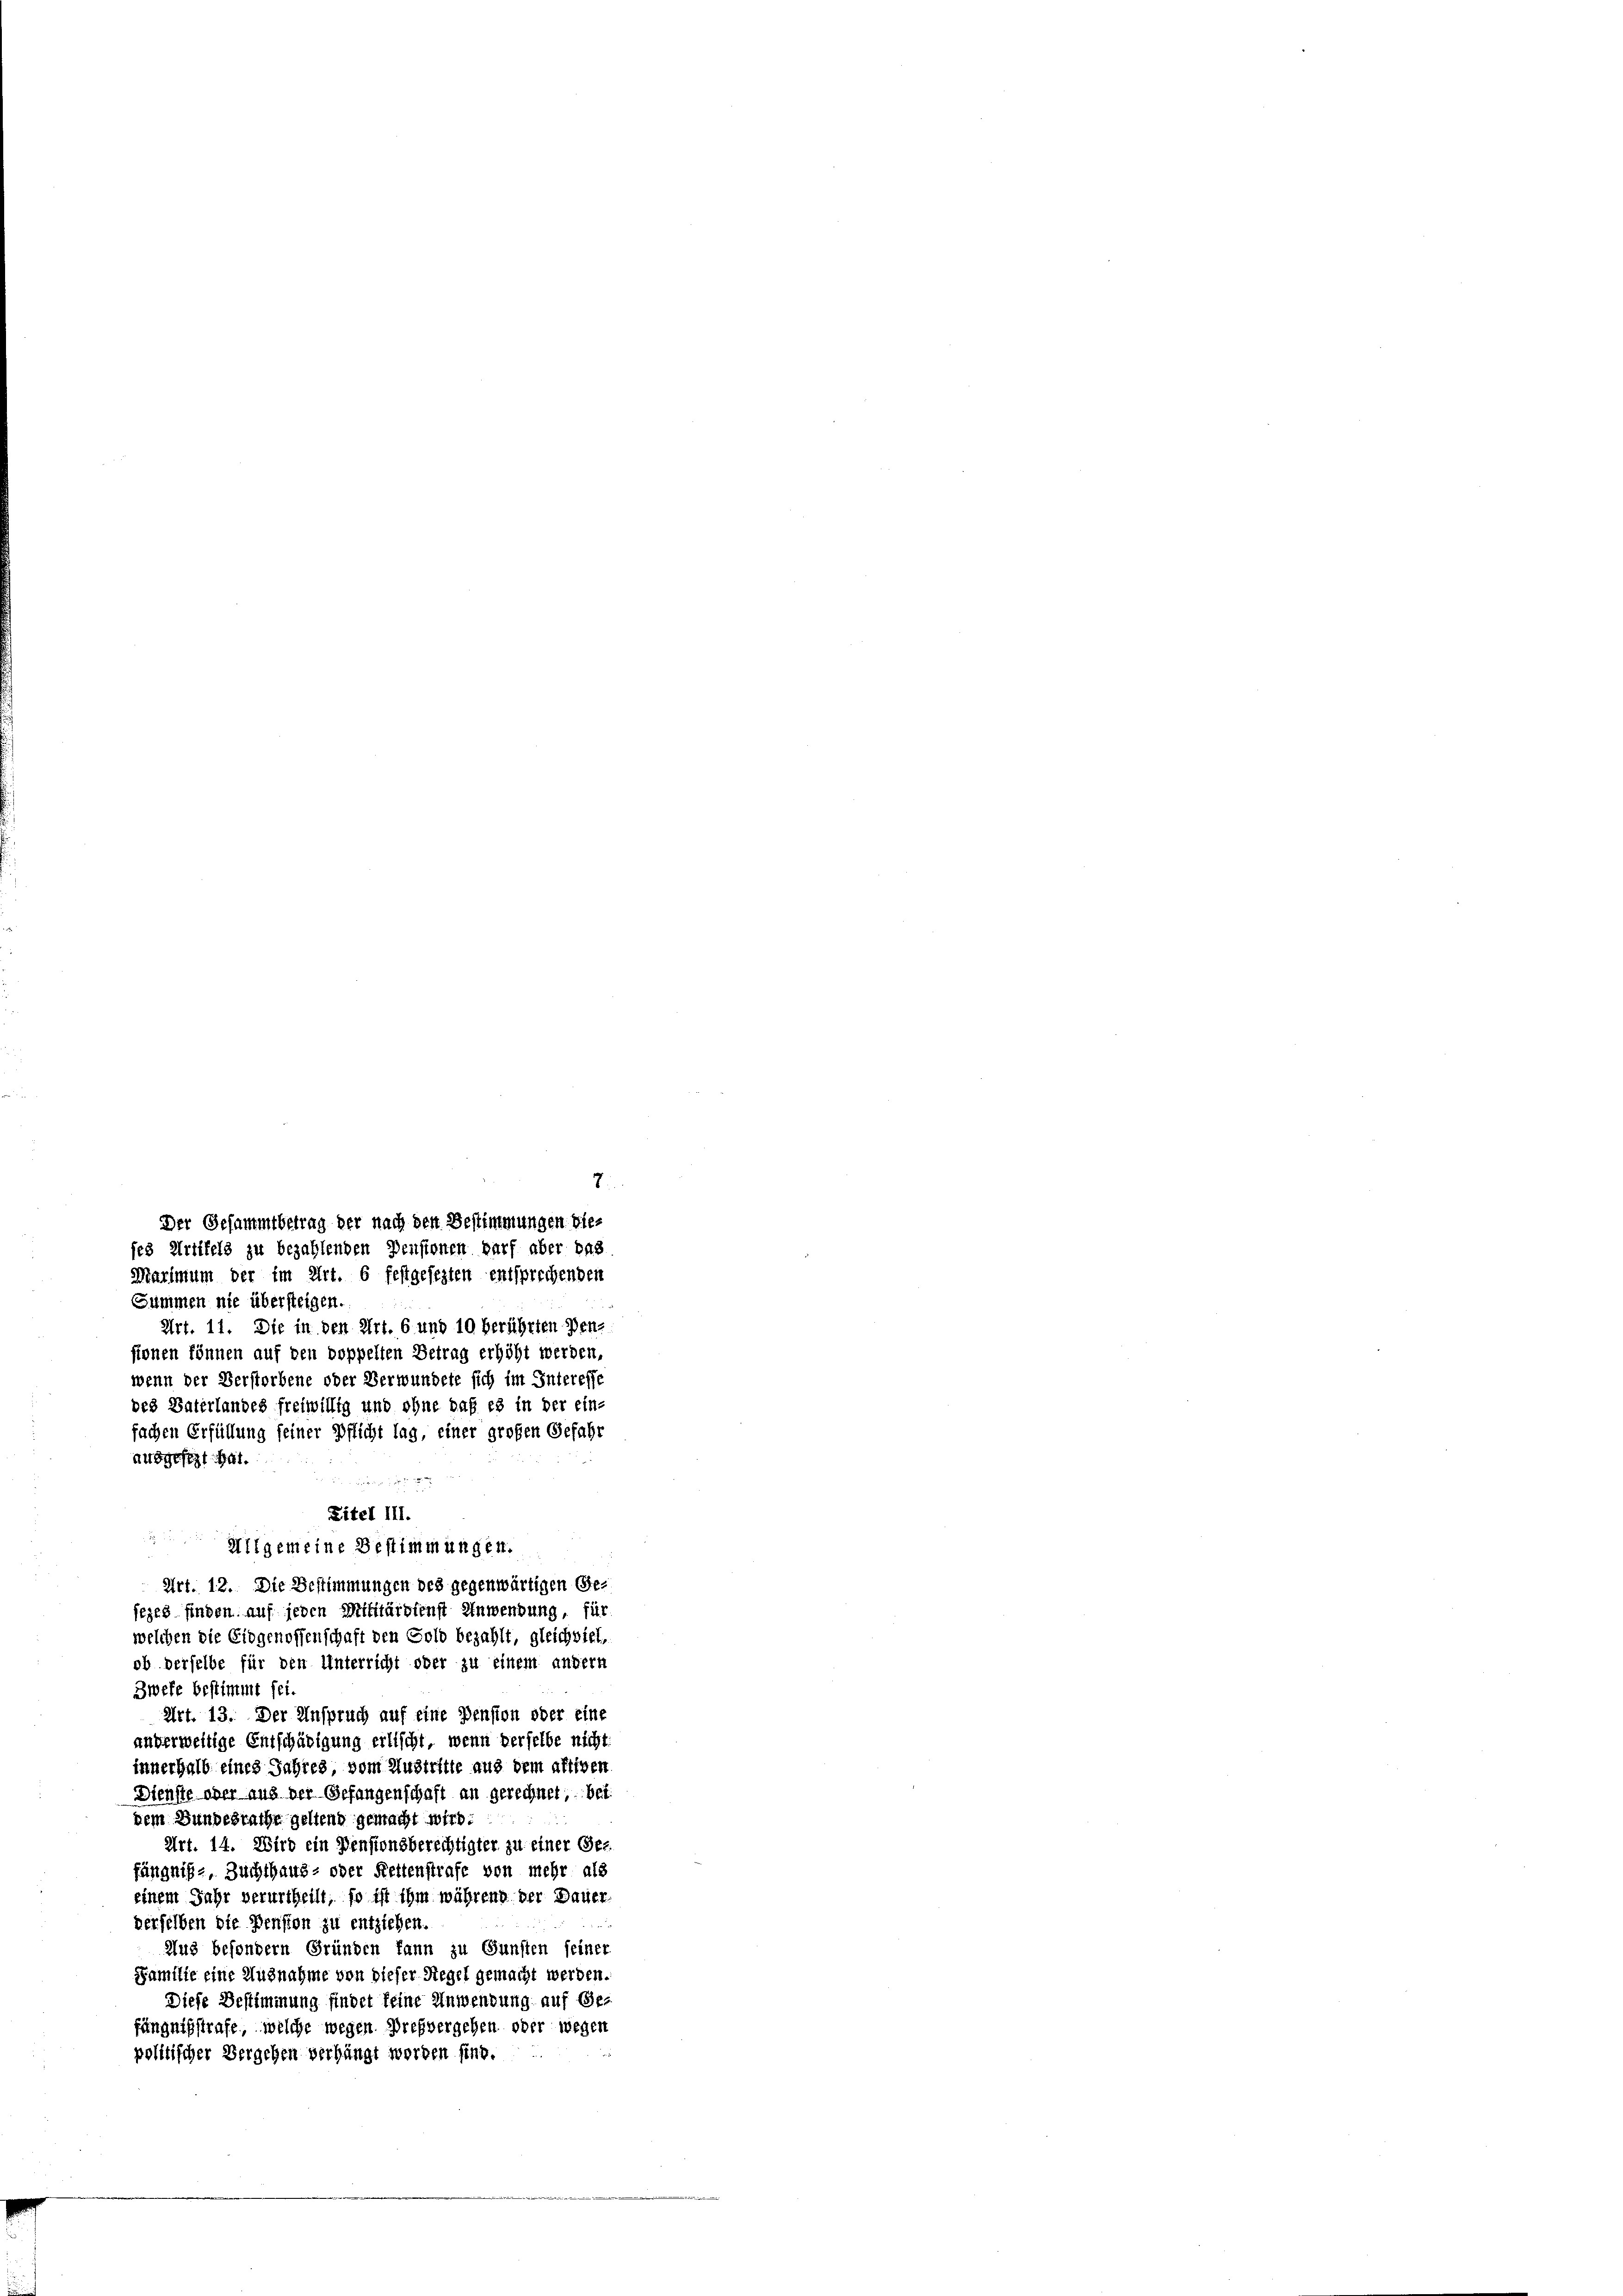
7.
ses Artikels zu bezahlenden Pensionen darf aber das
Maximum der im Art. 6 festgesezten entsprechenden
Summen nie übersteigen.
Art. 11. Die in den Art. 6 und 10 berührten Pen-
sionen können auf den doppelten Betrag erhöht werden,
wenn der Verstorbene oder Verwundete sich im Interesse
des Vaterlandes freiwillig und ohne daß es in der ein-
fachen Erfüllung seiner Pflicht lag, einer großen Gefahr
ausgesezt hat.

Zitel III.

Allgemeine Bestimmungen.
Art. 12. Die Bestimmungen des gegenwärtigen Gesezes finden auf jeden Militärdienst Anwendung, für
welchen die Eidgenossenschaft den Gold bezahlt, gleichviel,
ob derselbe für den Unterricht oder zu einem andern
Zwefe bestimmt sei
Art. 13. Der Anspruch auf eine Pension oder eine
anverweitige Entschädigung erlischt, wenn derselbe nicht
innerhalb eines Jahres vom Austritte aus dem altigen
Dienste ober aus der Gefangenschaft an gerechnet, bei
dem Bundesrathe geltend gemacht wird.
Art. 14. Wird ein Pensionsberechtigter zu einer Ge-
fängniße, Zuchthaus- oder Rettenstrafe von mehr als
einem Jahr verurtheilt, so ist ihm während der Dauer
derselben die Pension zu entziehen.
Aus besondern Gründen kann zu Gunsten seiner
Familie eine Ausnahme von dieser Regel gemacht werden.
Diese Bestimmung findet keine Anwendung auf Gefängnisstrafe, welche wegen Prefvergehen oder wegen
politischer Vergehen verhängt worden sind.

Der Gesammtbetrag der nach den Bestimmungen die-